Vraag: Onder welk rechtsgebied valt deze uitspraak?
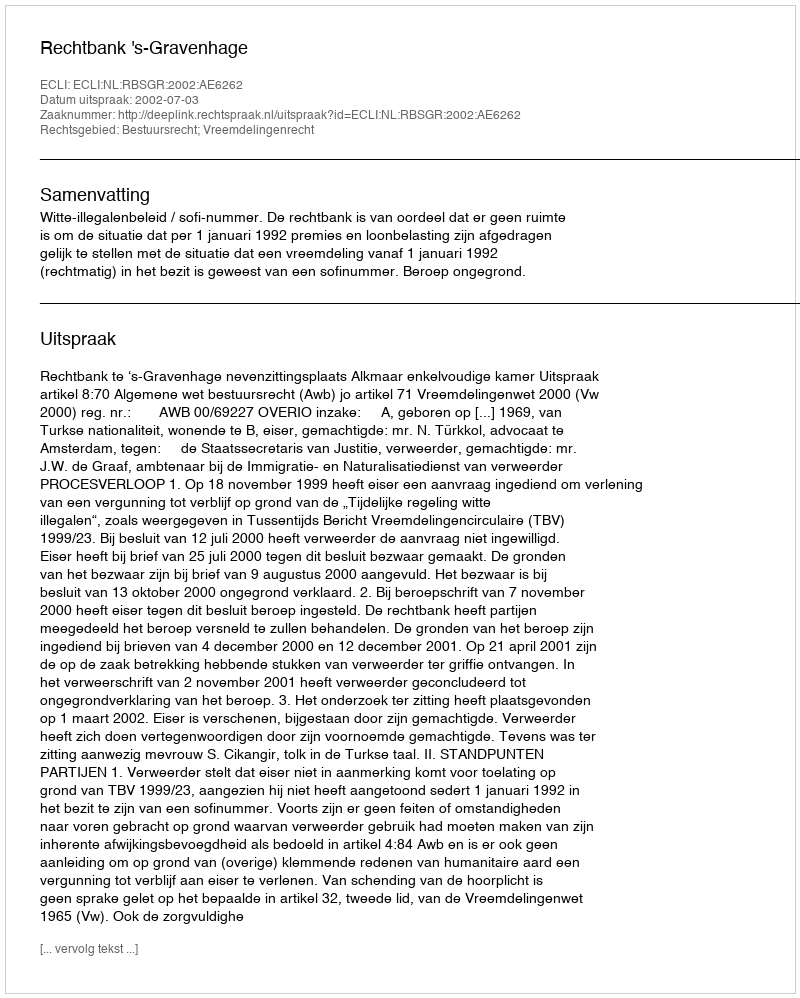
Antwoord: Bestuursrecht; Vreemdelingenrecht